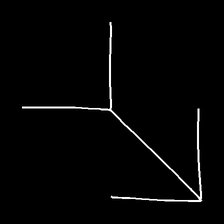
Glyph: gather